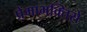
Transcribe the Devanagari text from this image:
प्रेमाभक्तिसे